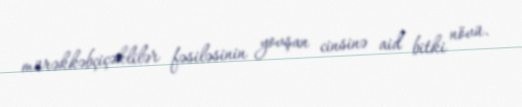
mürəkkəbçiçəklilər fəsiləsinin yovşan cinsinə aid bitki növü.